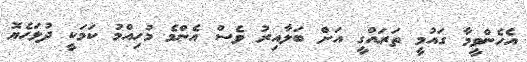
އެހެންވީމާ ގައުމީ ތަރައްގީ އަށް ބަލާއިރު ވެސް އެންމެ މުހިއްމު ކަމަކީ ދުޅަހެޔޮ